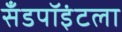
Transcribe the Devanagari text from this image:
सँडपॉइंटला